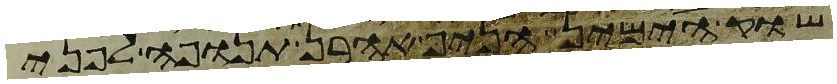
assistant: שוק הימין הניף אהרן תנופה לפני